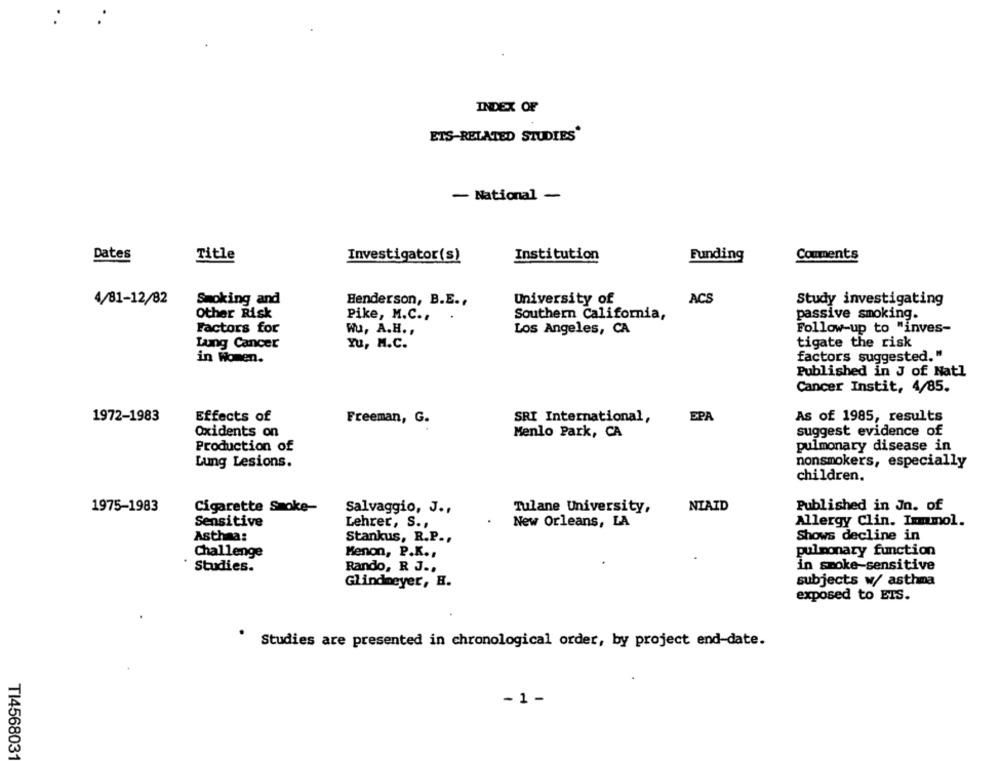
INDEX OF
ETS-RELATED STUDIES'
- National
-
Dates
Title
Investigator(s)
Institution
Funding
Comments
4/81-12/82
Smoking and
Henderson, B.E .,
University of
ACS
Study investigating
Other Risk
Pike, M.C .,
Southern California,
passive smoking.
Follow-up to "inves-
Factors for
Wu, A.H .,
Los Angeles, CA
tigate the risk
Lung Cancer
Yu, M.C.
factors suggested. "
in Women.
Published in J of Natl
Cancer Instit, 4/85.
1972-1983
Effects of
SRI International,
EPA
As of 1985, results
Freeman, G.
Oxidents on
Menlo Park, CA
suggest evidence of
Production of
pulmonary disease in
Lung Lesions.
nonsmokers, especially
children.
1975-1983
Cigarette Smoke-
Salvaggio, J .,
Tulane University,
NIAID
Published in Jn. of
Sensitive
Lehrer, S .,
New Orleans, LA
Allergy Clin. Ixmmol.
Asthma:
Stankus, R.P .,
Shows decline in
Challenge
Menon, P.K .,
pulmonary function
Studies.
Rando, R J ..
in smoke-sensitive
Glindmeyer, H.
subjects w/ asthma
exposed to ETS.
Studies are presented in chronological order, by project end-date.
- 1 -
TI456803